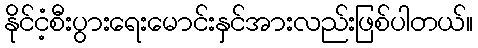
နိုင်ငံ့စီးပွားရေးမောင်းနှင်အားလည်းဖြစ်ပါတယ်။